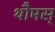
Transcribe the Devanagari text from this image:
थौमस्